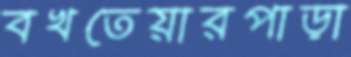
বখতেয়ারপাড়া